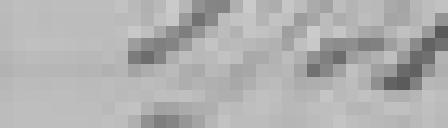
174